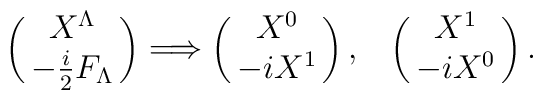
\left (\matrix{X^\Lambda\cr-{i\over 2} F_\Lambda \cr}\right )  \Longrightarrow \left (\matrix{X^0\cr-iX^1\cr}\right ),  ~~ \left (\matrix{X^1\cr-iX^0\cr}\right ).